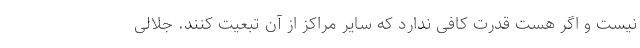
نیست و اگر هست قدرت کافی ندارد که سایر مراکز از آن تبعیت کنند. جلالی